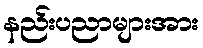
နည်းပညာများအား